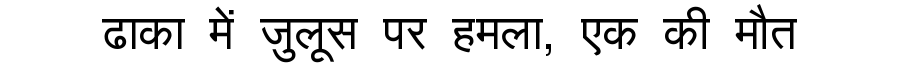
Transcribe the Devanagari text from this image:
ढाका में जुलूस पर हमला, एक की मौत